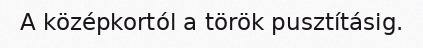
A középkortól a török pusztításig.